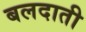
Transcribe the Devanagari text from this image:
बलदाती